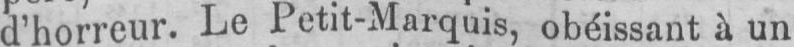
d’horreur. Le Petit-Marquis, obéissant à un